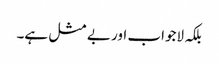
بلکہ لاجواب اور بے مثل ہے۔